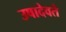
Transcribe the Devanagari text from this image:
उषादेवते